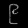
Digit: ၉